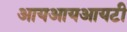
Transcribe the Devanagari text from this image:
आयआयआयटी